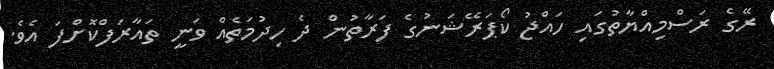
ރޭގެ ރަސްމިއްޔާތުގައި ހައްޖު ކޯޕަރޭޝަނުގެ ފަރާތުން ދެ ހިދުމަތެއް ވަނީ ތައާރަފްކޮށްފަ އެވެ.